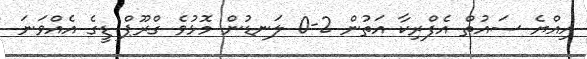
އިއްޔެ ސައުތް އެފްރިކާ އަތުން 2-0 ލަނޑުން މޮޅުވެ ގްރޫޕް ޑީގެ އެއްވަނަ